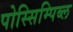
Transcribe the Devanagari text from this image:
पोस्सिम्पिब्ल